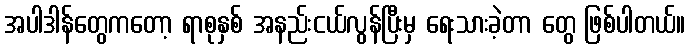
အပါဒါန်တွေကတော့ ရာစုနှစ် အနည်းငယ်လွန်ပြီးမှ ရေးသားခဲ့တာ တွေ ဖြစ်ပါတယ်။